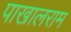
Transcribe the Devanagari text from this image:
पाखालराम